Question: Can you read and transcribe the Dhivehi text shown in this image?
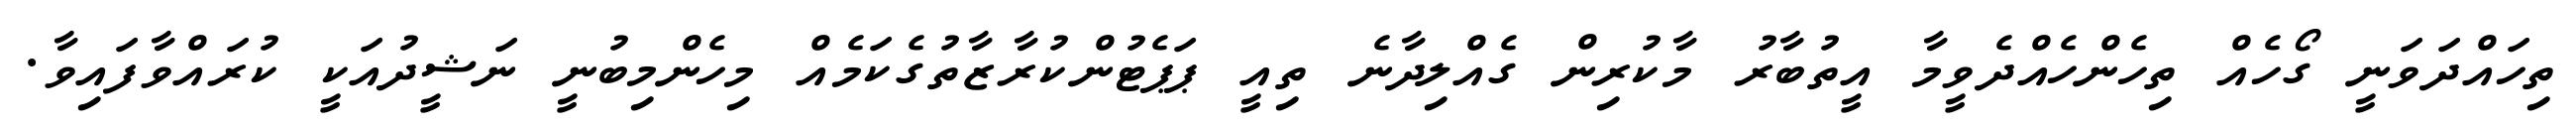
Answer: ތިހައްދަވަނީ ގޯހެއް ތިހެންހެއްދެވީމާ އީތުބާރު މާކުރިން ގެއްލިދާނެ ތިއީ ޕަޕެޓުންކުރާޒާތުގެކަމެއް މިހެންމިބުނީ ނަޝީދުއަކީ ކުރައްވާފައިވާ.